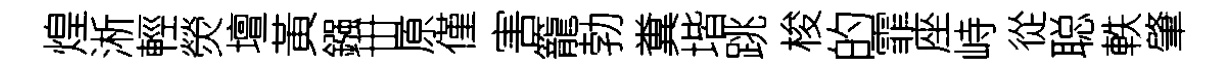
煌淅輕熒壇黃鏹丗原僅害籠勃糞堦跳梭的霏座峙從聪軼肇